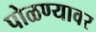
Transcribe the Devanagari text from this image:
पोळण्यावर